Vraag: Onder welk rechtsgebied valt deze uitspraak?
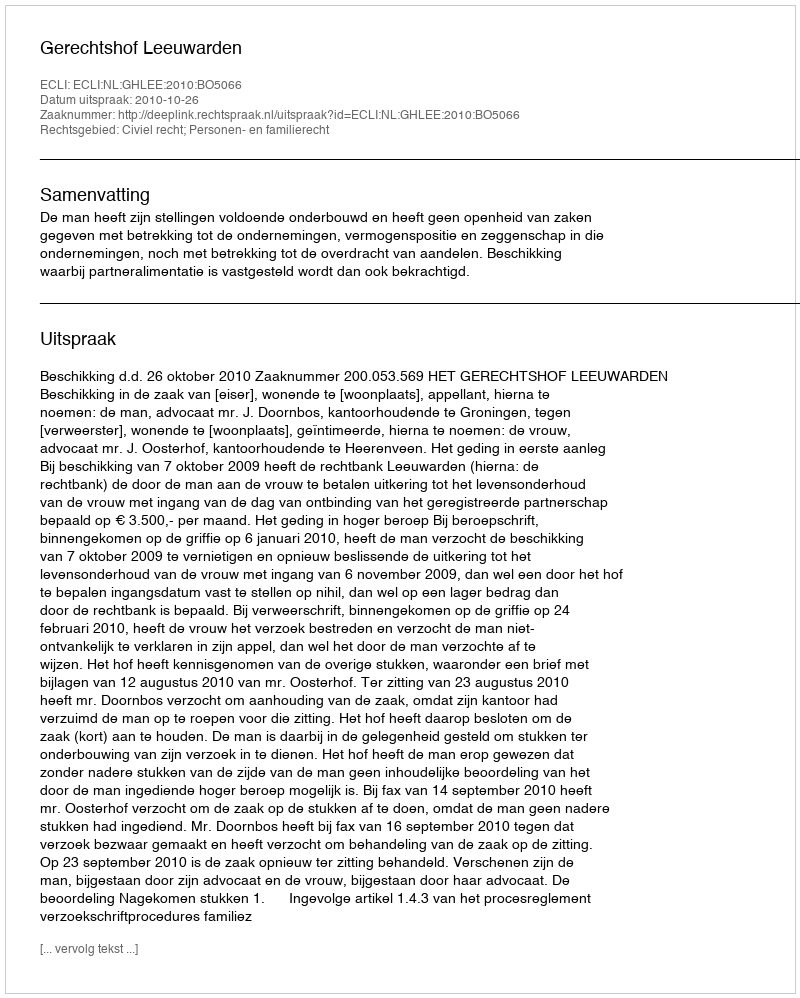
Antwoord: Civiel recht; Personen- en familierecht